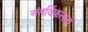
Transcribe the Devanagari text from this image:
अंतर्विफलता